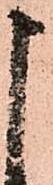
申